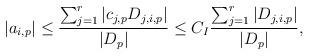
LaTeX: \begin{align*}|a_{i,p}|\leq \dfrac{\sum_{j=1}^{r}|c_{j,p}D_{j,i,p}|}{|D_{p}|}\leq C_{I}\dfrac{\sum_{j=1}^{r}|D_{j,i,p}|}{|D_{p}|},\end{align*}